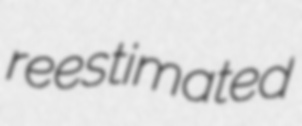
reestimated